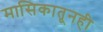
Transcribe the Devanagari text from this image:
मासिकातूनही